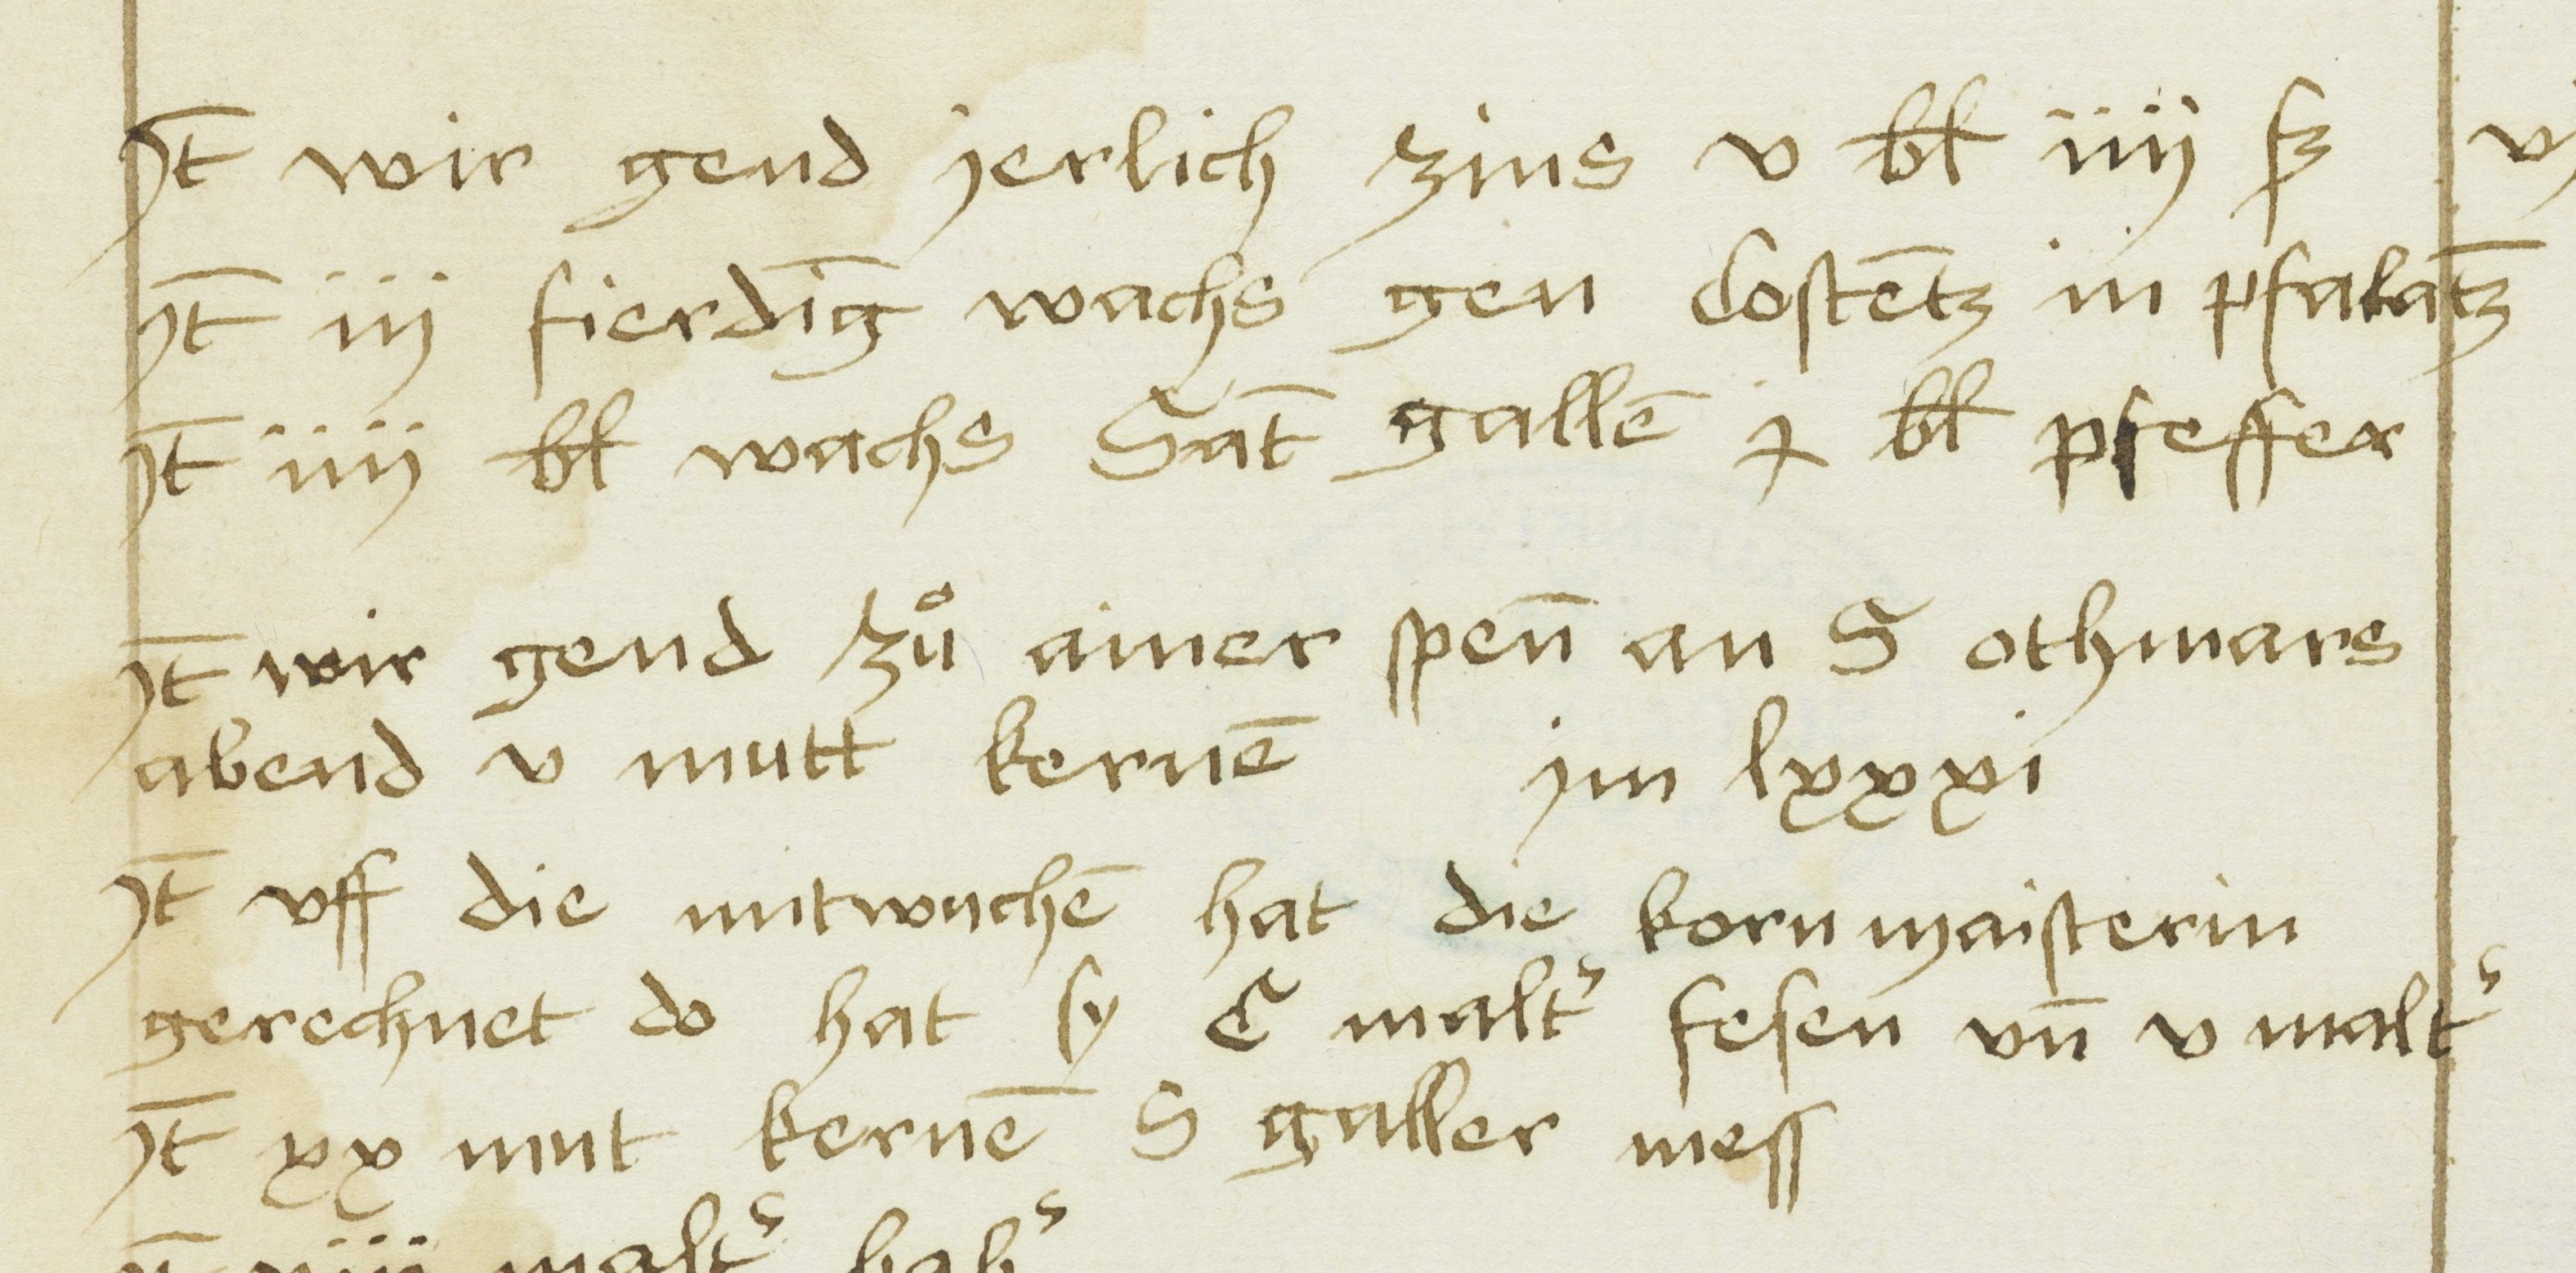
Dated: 1481–1528